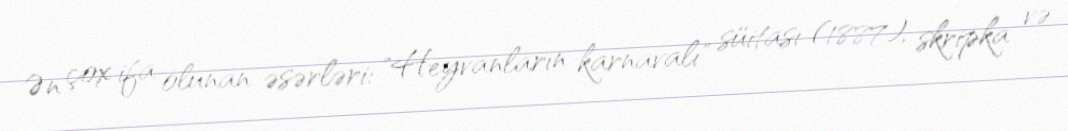
Ən çox ifa olunan əsərləri: "Heyvanların karnavalı" süitası (1887), skripka və